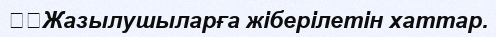
	Жазылушыларға жіберілетін хаттар.